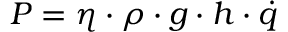
P = \eta \cdot \rho \cdot g \cdot h \cdot { \dot { q } }